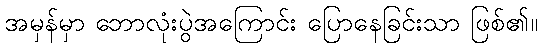
အမှန်မှာ ဘောလုံးပွဲအကြောင်း ပြောနေခြင်းသာ ဖြစ်၏။